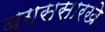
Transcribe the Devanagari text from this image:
बगससारखे